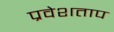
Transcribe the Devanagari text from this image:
प्रवेशताप